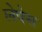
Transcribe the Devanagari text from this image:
लेपेस